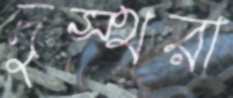
দুস্থরা